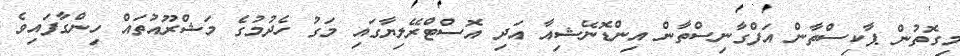
މިގޮތުން ޕާކިސްތާން އަފްގާނިސްތާން އިންޑޮނޭޝިއާ އަދި އޮސްޓްރޭލިޔާގައި މަގު ހެދުމުގެ މަޝްރޫއުތައް ހިންގާފައިވެ